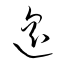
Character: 遥